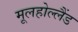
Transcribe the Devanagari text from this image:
मूलहोल्लैंड